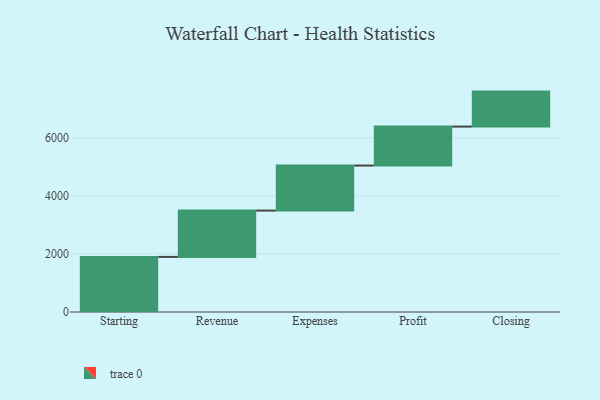
{"axis": {"x": "Step", "y": "Value"}, "legend": [""], "data": [{"x": "Starting", "y": 1898.0, "type": ""}, {"x": "Revenue", "y": 1595.0, "type": ""}, {"x": "Expenses", "y": 1551.0, "type": ""}, {"x": "Profit", "y": 1342.0, "type": ""}, {"x": "Closing", "y": 1205.0, "type": ""}]}